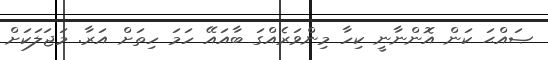
ޞައްޙަ ކަން އޮންނާނީ ކިހާ މިންވަރެއްގަ ބާއައޭ ހަމަ ހިތަށް އަރާ. މަޖަލަކަށް